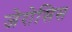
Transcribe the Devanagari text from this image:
जेरोसिस